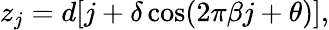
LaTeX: z_{j}=d[j+\delta\cos(2\pi\beta j+\theta)],